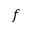
f